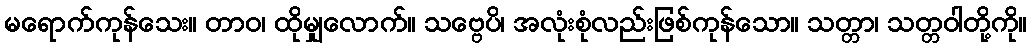
မရောက်ကုန်သေး။ တာဝ၊ ထိုမျှလောက်။ သဗ္ဗေပိ၊ အလုံးစုံလည်းဖြစ်ကုန်သော။ သတ္တာ၊ သတ္တဝါတို့ကို။